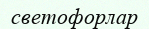
светофорлар